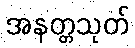
အနတ္တသုတ်